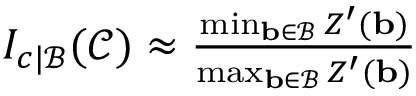
\begin{array} { r } { I _ { c | \mathcal { B } } ( \mathcal { C } ) \approx \frac { \operatorname* { m i n } _ { \mathbf { b } \in \mathcal { B } } Z ^ { \prime } ( \mathbf { b } ) } { \operatorname* { m a x } _ { \mathbf { b } \in \mathcal { B } } Z ^ { \prime } ( \mathbf { b } ) } } \end{array}